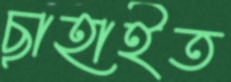
ছাহাইত